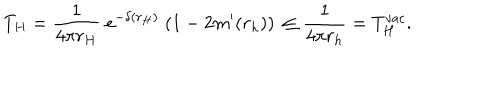
LaTeX: T _ { H } = { \frac { 1 } { 4 \pi r _ { H } } } \; e ^ { - \delta ( r _ { H } ) } \; ( 1 - 2 m ^ { \prime } ( r _ { h } ) ) \nonumber \, \leq \frac { 1 } { 4 \pi r _ { h } } = T _ { H } ^ { v a c } .